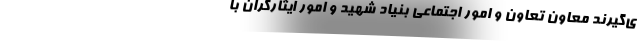
ی‌گیرند معاون تعاون و امور اجتماعی بنیاد شهید و امور ایثارگران با